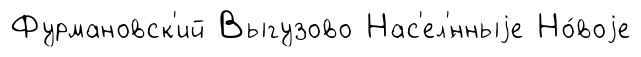
Фурмановск'ий Выгузово Нас'ел'́нныjе Но́воjе